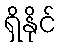
ရှိနိုင်